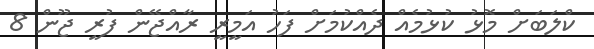
ކްލަބަށް މޮޅު ކުޅުމެއް ދެއްކުމަށް ފަހު އަމީރީ ރާއްޖޭން ފުރީ ޖޫން 8